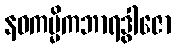
နဝကမ္မိကဘာရဒွါဇော